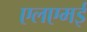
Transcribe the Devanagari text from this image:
एलएमई